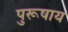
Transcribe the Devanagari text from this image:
पुरूषाय